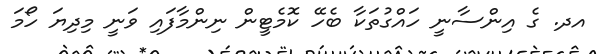
އދ. ގެ އިންސާނީ ހައްގުތަކާ ބެހޭ ކޮމެޓީން ނިންމާފައި ވަނީ މިދިޔަ ހޯމަ